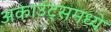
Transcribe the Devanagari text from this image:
अकाउंट्समध्ये